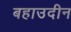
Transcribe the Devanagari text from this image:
बहाउदीन